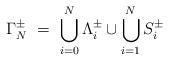
LaTeX: \begin{align*} \Gamma^\pm_N\ = \ \bigcup_{i=0}^N \Lambda_i^\pm\cup \bigcup_{i=1}^N S_i^\pm\end{align*}